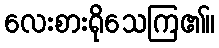
လေးစားရိုသေကြ၏။